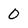
Character: 0